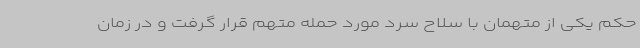
حکم یکی از متهمان با سلاح سرد مورد حمله متهم قرار گرفت و در زمان